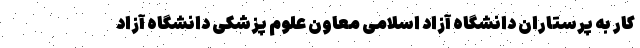
کار به پرستاران دانشگاه آزاد اسلامی معاون علوم پزشکی دانشگاه آزاد